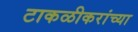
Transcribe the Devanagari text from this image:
टाकळीकरांच्या